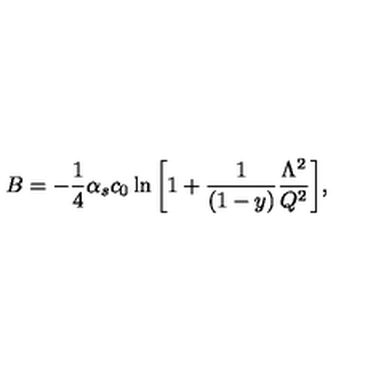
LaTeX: B = - { \frac { 1 } { 4 } } \alpha _ { s } c _ { 0 } \ln { \left[ 1 + { \frac { 1 } { ( 1 - y ) } } { \frac { \Lambda ^ { 2 } } { Q ^ { 2 } } } \right] } ,